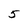
Character: 5